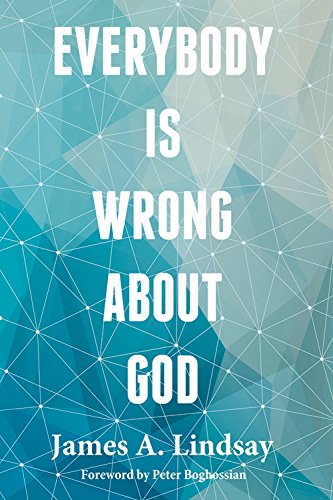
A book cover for Everybody Is Wrong About God; James A. Lindsay; Religion & Spirituality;